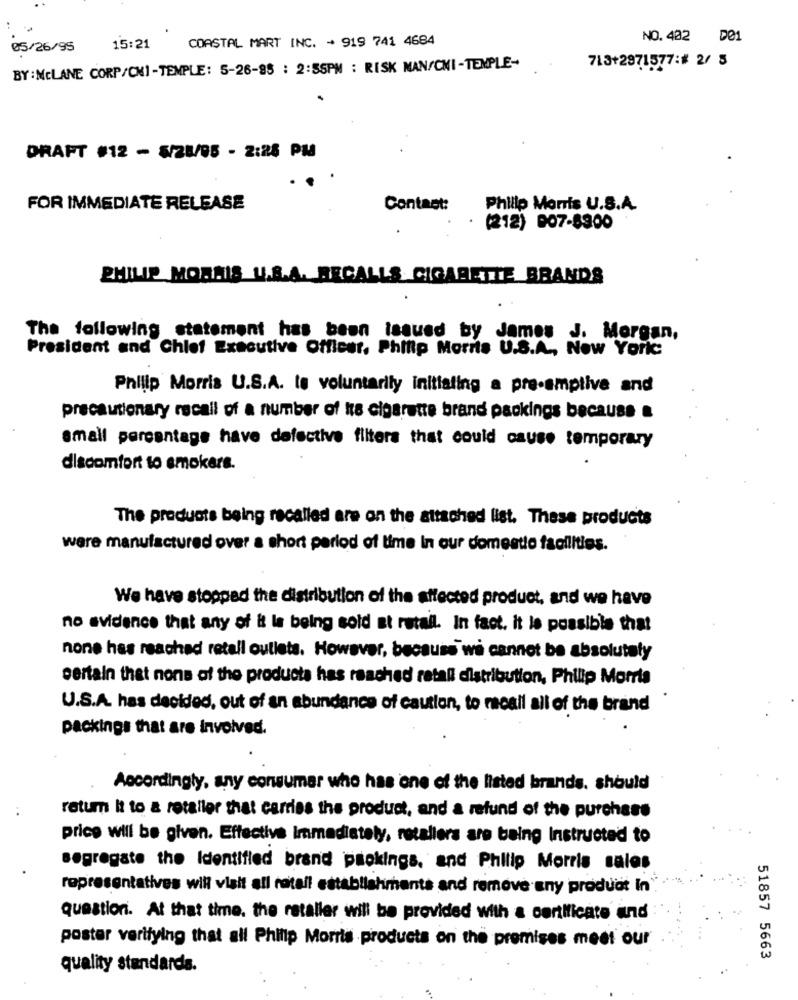
COASTAL MART INC. + 919 741 4684
NO.402 D01
05/26/95
15:21
BY :MCLANE CORP/CMI-TEMPLE: 5-26-95 : 2:55PM : RISK MAN/CMI-TEMPLE-
713+2871577:# 2/ 8
DRAFT #12 - 5/28/05 - 2:28 PM
FOR IMMEDIATE RELEASE
Contact:
Philip Morris U.S.A.
(212) 007-8900
PHILIP MORRIS U.S.A. RECALLS CIGARETTE BRANDS
The following statement has been issued by James J. Morgan,
President and Chief Executive Officer, Philip Morris U.S.A ., New York:
Philip Morris U.S.A. to voluntarily initiating a pre-emptive and
precautionary recall of a number of ke cigarette brand packings because &
small percentage have defective filters that could cause temporary
discomfort to emokara.
The products being recalled are on the attached list. These products
were manufactured over a short period of time In our domestto facilities.
We have stopped the distribution of the affected product, and we have
no evidence that any of it la being sold at retail. In fact. it Is possible that
none has reached retail outlets. However, because we cannot be absolutely
certain that none of the products has reached retali distribution, Philip Morris
U.S.A. has decided, out of an abundance of caution, to meall all of the brand
packings that are Involved.
Accordingly, any consumer who has one of the listed brands. should
return it to a retailer that carries the product, and a refund of the purchase
price will be given. Effective Immediately, retaliers are being Instructed to
segregate the Identified brand packings, and Philip Morris sales
representatives will visit all ratall establishments and remove any product In
questioni. At that time. the rataller will be provided with a certificate and
poster verifying that all Philip Morris products on the premises meet our
51857 5663
quality standards.